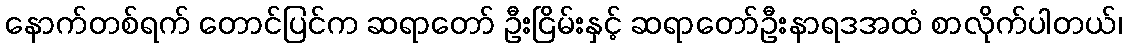
နောက်တစ်ရက် တောင်ပြင်က ဆရာတော် ဦးငြိမ်းနှင့် ဆရာတော်ဦးနာရဒအထံ စာလိုက်ပါတယ်၊